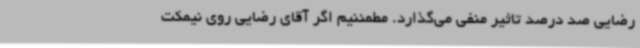
رضایی صد درصد تاثیر منفی می‌گذارد. مطمئنیم اگر آقای رضایی روی نیمکت